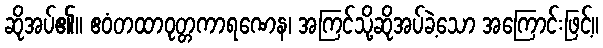
ဆိုအပ်၏။ ဧဝံတထာဝုတ္တကာရဏေန၊ အကြင်သို့ဆိုအပ်ခဲ့သော အကြောင်းဖြင့်။